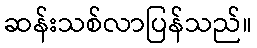
ဆန်းသစ်လာပြန်သည်။